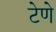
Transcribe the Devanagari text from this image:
टेणे